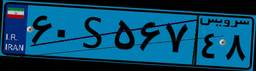
۴۱S۷۶۱۱۱